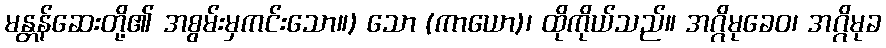
မန္တန်ဆေးတို့၏ အစွမ်းမှကင်းသော။) သော (ကာယော)၊ ထိုကိုယ်သည်။ အဂ္ဂိမုခေဝ၊ အဂ္ဂိမုခ